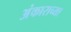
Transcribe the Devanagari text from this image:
अंकाराच्या